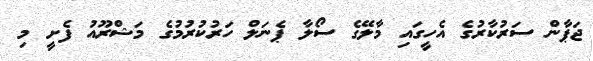
ޖަޕާން ސަރުކާރުގެ އެހީގައި މާލޭގެ ސޯލާ ޕެނަލް ހަރުކުރުމުގެ މަޝްރޫއު ފެށީ މި